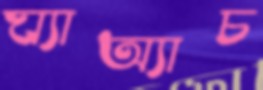
ঘ্যাঅ্যাচ